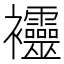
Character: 𧟙